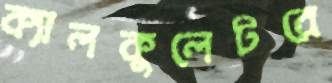
ক্যালকুলেটরে